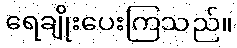
ရေချိုးပေးကြသည်။